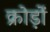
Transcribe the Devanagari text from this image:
क्रोड़ों